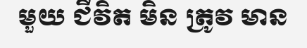
មួយ ជីវិត មិន ត្រូវ មាន